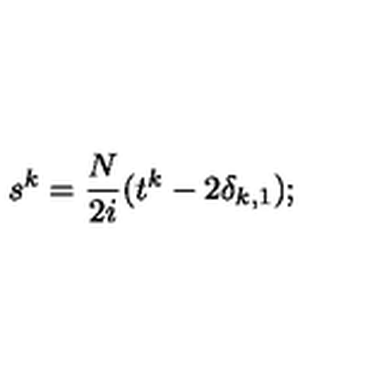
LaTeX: s ^ { k } = \frac { N } { 2 i } ( t ^ { k } - 2 \delta _ { k , 1 } ) ;